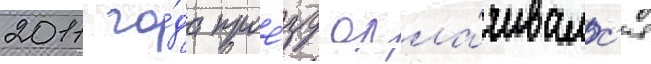
2011 го́да прое́зд опла́чивалс'я